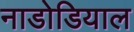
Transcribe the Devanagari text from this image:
नाडोडियाल